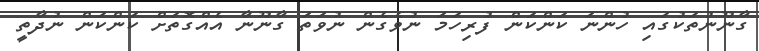
ގާނޫނުތަކުގައި ހުންނަ ކަންކަން ފުރިހަމަ ނުވެގެން ނުވަތަ ގާނޫނާ އެއްގޮތަށް ކަންކަން ނުދާތީ